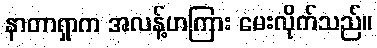
နာတာရှာက အလန့်ဟကြား မေးလိုက်သည်။